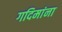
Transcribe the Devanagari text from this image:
गदिमांना